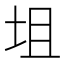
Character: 坥